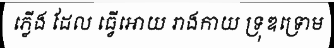
ភ្លើង ដែល ធ្វើអោយ រាងកាយ ទ្រុឌទ្រោម